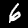
Digit: 6